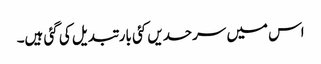
اس میں سرحدیں کئی بار تبدیل کی گئی ہیں۔